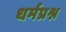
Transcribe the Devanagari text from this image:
धर्मप्रश्न